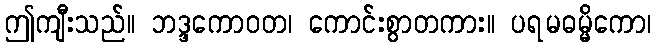
ဤကျီးသည်။ ဘဒ္ဒကောဝတ၊ ကောင်းစွာတကား။ ပရမဓမ္မိကော၊